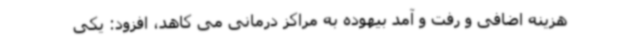
هزینه اضافی و رفت و آمد بیهوده به مراکز درمانی می کاهد، افزود: یکی